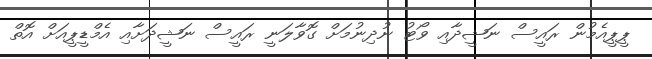
ޕީޕީއެމުން ރައީސް ނަޝީދާއި ވޯޓު ނުދިނުމަށް ގޮވާލަނީ ރައީސް ނަޝީދަށާއި އެމްޑީޕީއަށް އޮތް